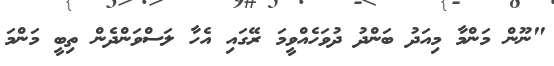
"ނޫން މަންމާ މިއަދު ބަންދު ދުވަހެއްވީމަ ރޭގައި އެހާ ލަސްވަންދެން ތިބީ މަންމަ